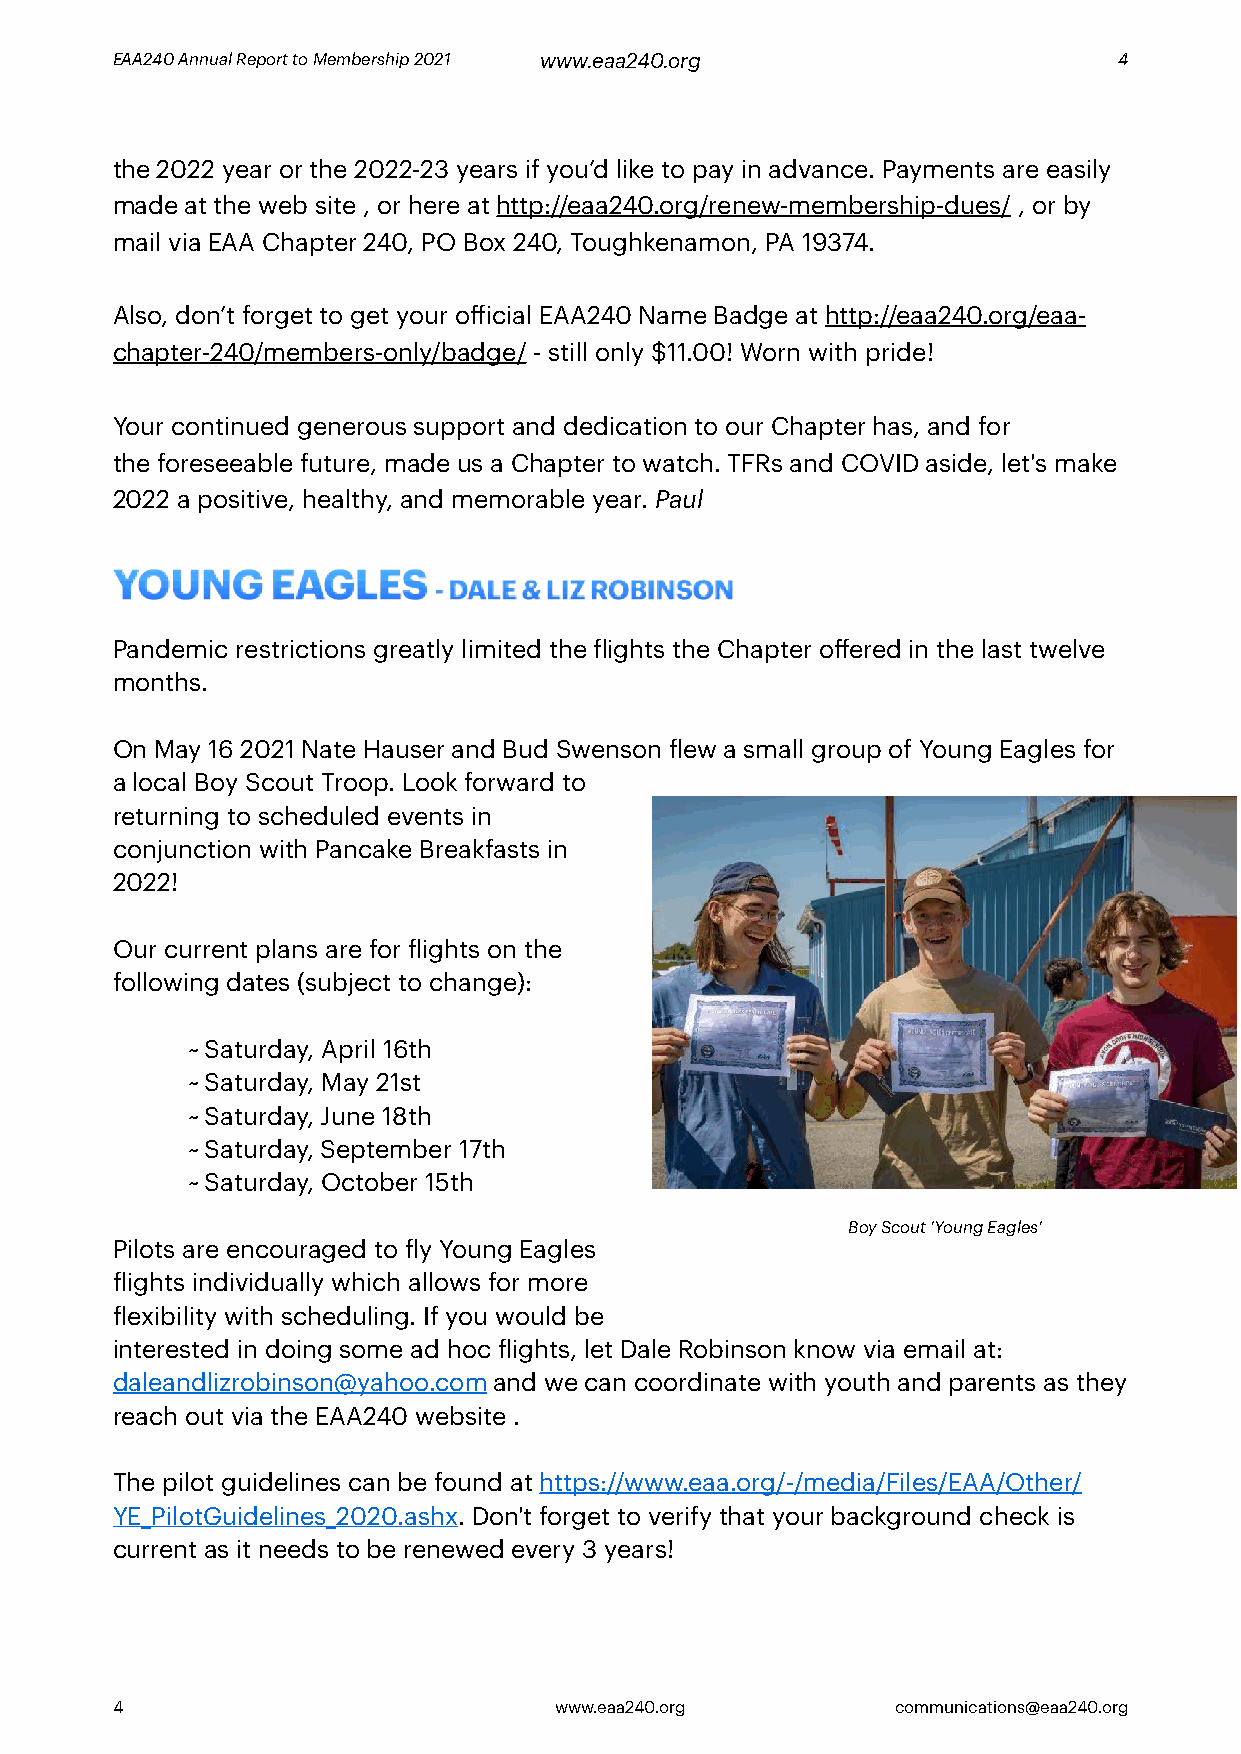
EAA240 Annual Report to Membership 2021 www.eaa240.org             4
 the 2022 year or the 2022-23 years if you’d like to pay in advance. Payments are easily
 made at the web site , or here at http://eaa240.org/renew-membership-dues/ , or by
 mail via EAA Chapter 240, PO Box 240, Toughkenamon, PA 19374.
 Also, don’t forget to get your official EAA240 Name Badge at http://eaa240.org/eaa-
 chapter-240/members-only/badge/ - still only $11.00! Worn with pride!
 Your continued generous support and dedication to our Chapter has, and for
 the foreseeable future, made us a Chapter to watch. TFRs and COVID aside, let's make
 2022 a positive, healthy, and memorable year. Paul
 YOUNG      EAGLES
 - DALE & LIZ ROBINSON
 Pandemic restrictions greatly limited the flights the Chapter offered in the last twelve
 months.
 On May 16 2021 Nate Hauser and Bud Swenson flew a small group of Young Eagles for
 a local Boy Scout Troop. Look forward to
 returning to scheduled events in
 conjunction with Pancake Breakfasts in
 2022!
 Our current plans are for flights on the
 following dates (subject to change):
 ~ Saturday, April 16th
 ~ Saturday, May 21st
 ~ Saturday, June 18th
 ~ Saturday, September 17th
 ~ Saturday, October 15th
 Boy Scout ‘Young Eagles’
 Pilots are encouraged to fly Young Eagles
 flights individually which allows for more
 flexibility with scheduling. If you would be
 interested in doing some ad hoc flights, let Dale Robinson know via email at:
 daleandlizrobinson@yahoo.com and we can coordinate with youth and parents as they
 reach out via the EAA240 website .
 The pilot guidelines can be found at https://www.eaa.org/-/media/Files/EAA/Other/
 YE_PilotGuidelines_2020.ashx. Don't forget to verify that your background check is
 current as it needs to be renewed every 3 years!
 4                             www.eaa240.org        communications@eaa240.org